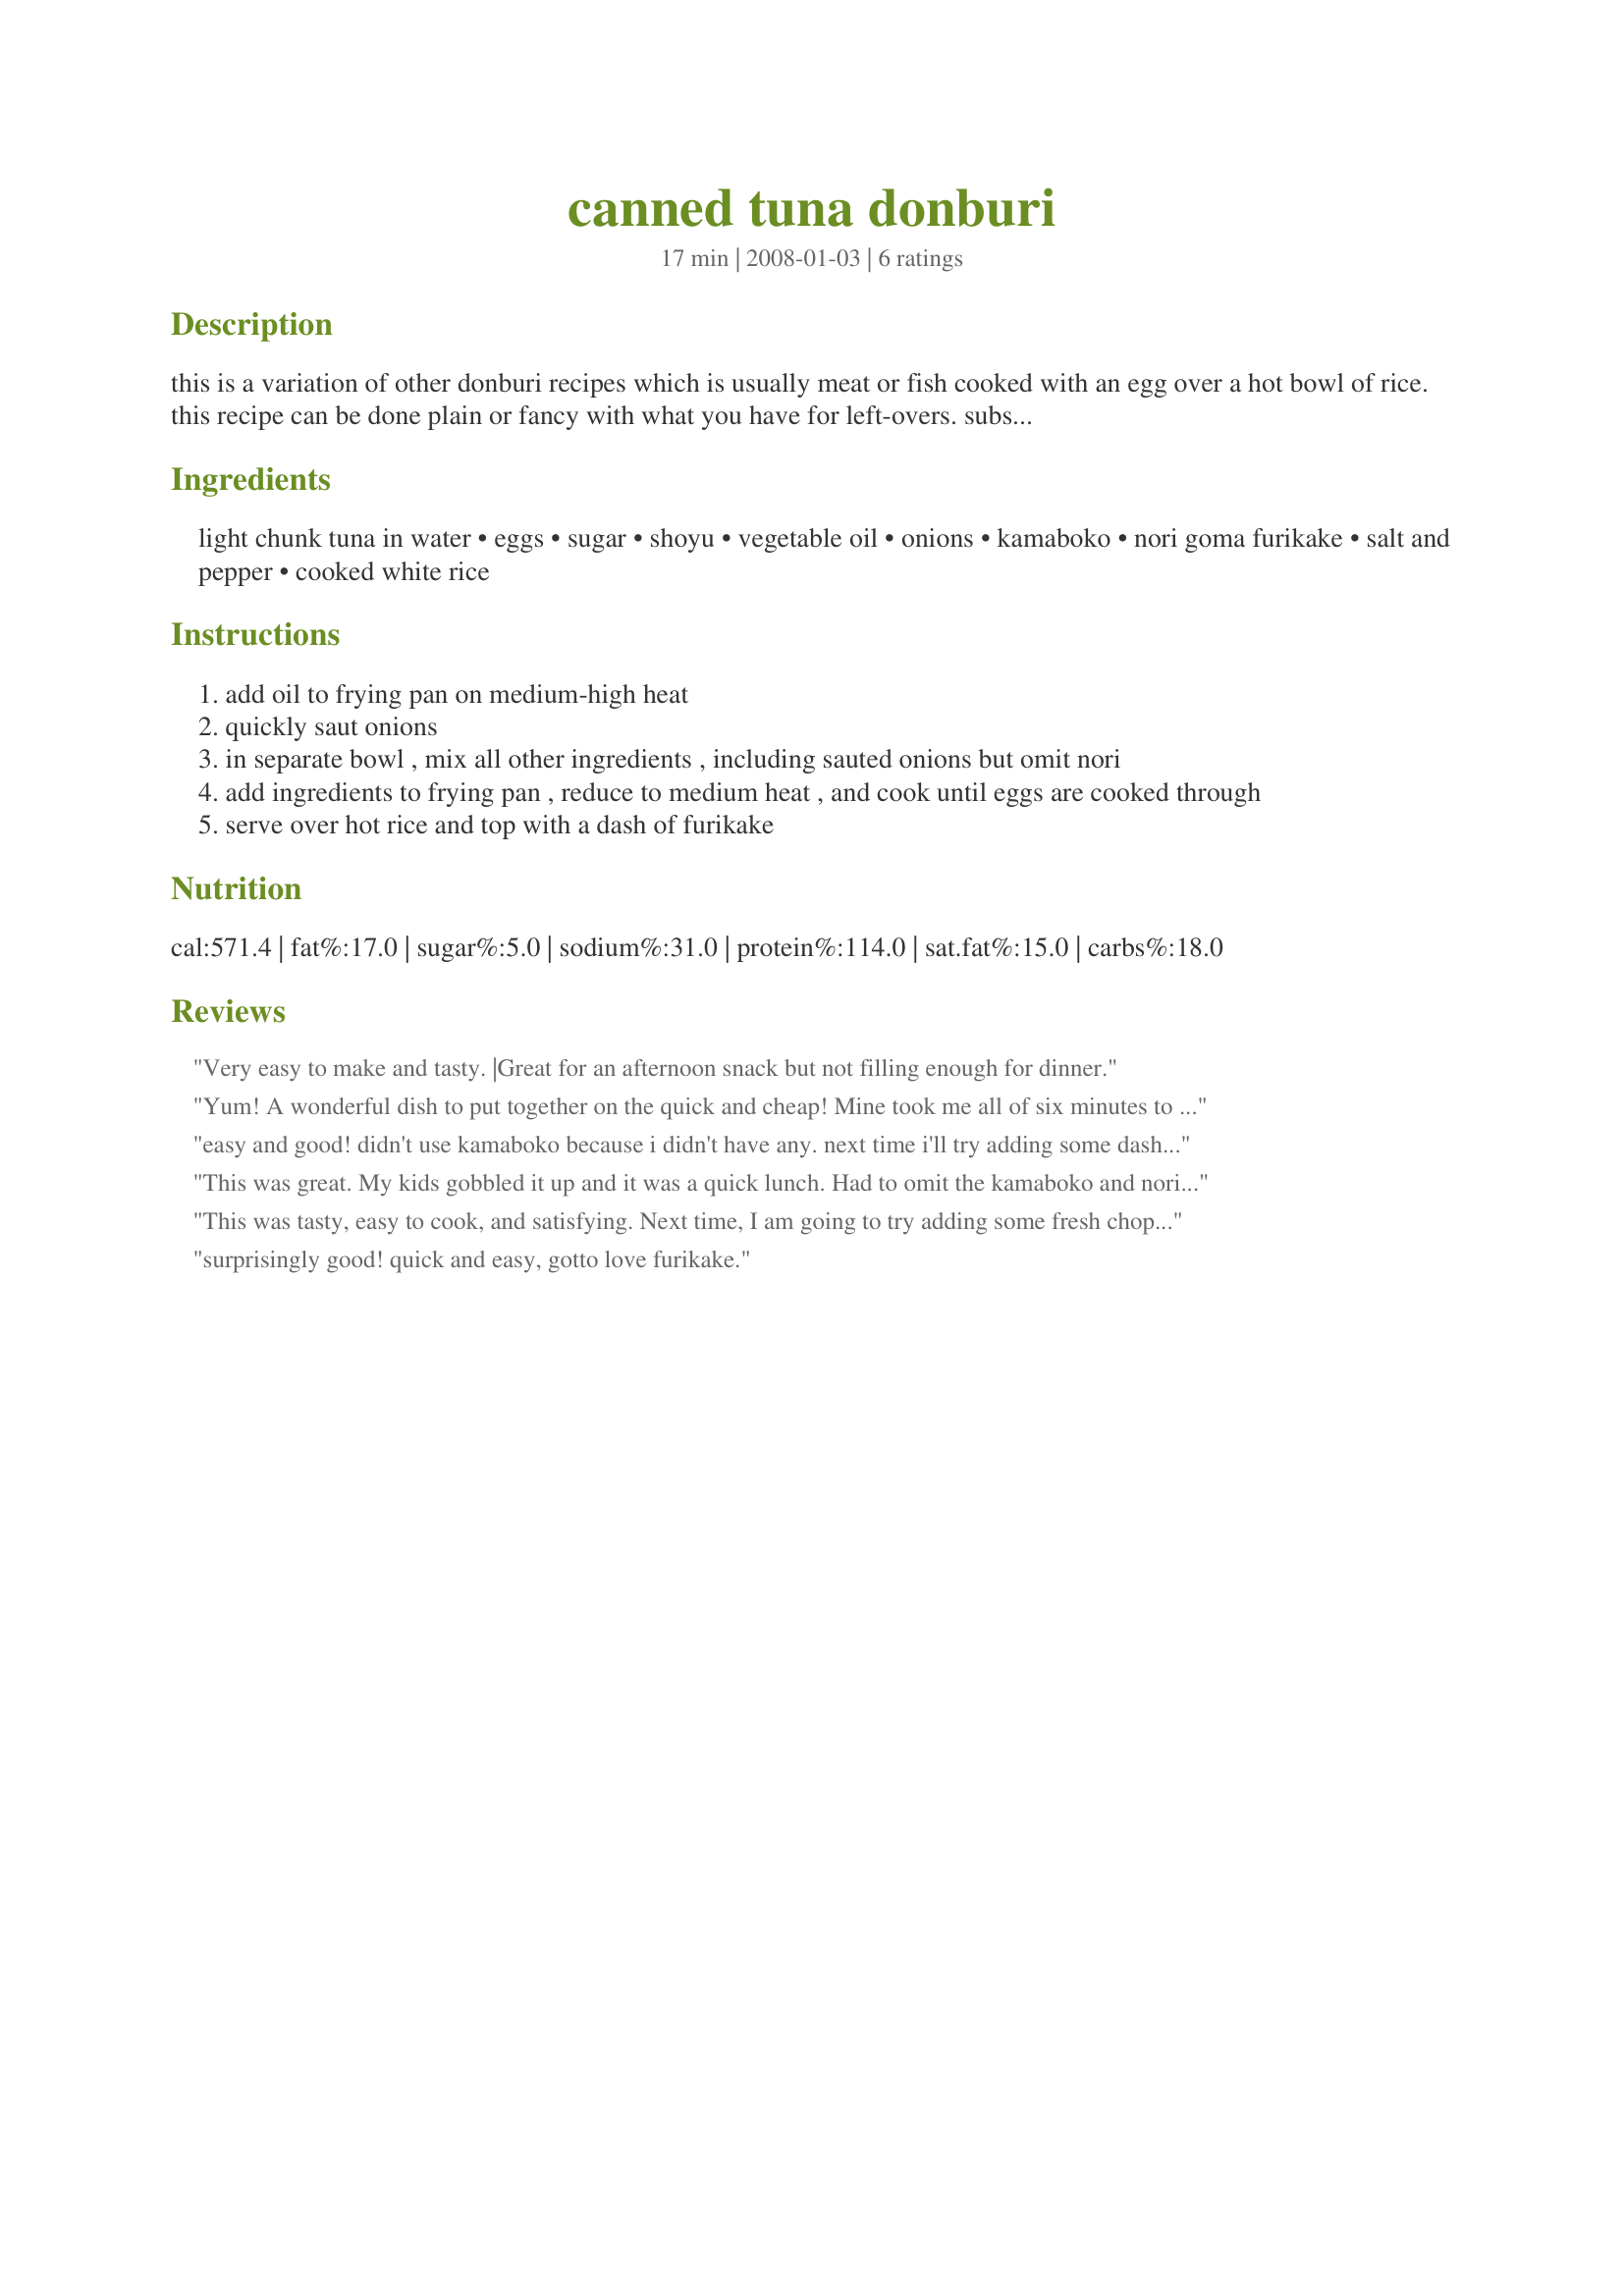
canned tuna donburi
Preparation time: 17 minutes

this is a variation of other donburi recipes which is usually meat or fish cooked with an egg over a hot bowl of rice. this recipe can be done plain or fancy with what you have for left-overs. substitute canned salmon or any leftover meat. kids especially love this recipe!

Ingredients:
light chunk tuna in water, eggs, sugar, shoyu, vegetable oil, onions, kamaboko, nori goma furikake, salt and pepper, cooked white rice

Steps:
add oil to frying pan on medium-high heat
quickly saut onions
in separate bowl , mix all other ingredients , including sauted onions but omit nori
add ingredients to frying pan , reduce to medium heat , and cook until eggs are cooked through
serve over hot rice and top with a dash of furikake

Reviews:
Very easy to make and tasty. |Great for an afternoon snack but not filling enough for dinner.
Yum! A wonderful dish to put together on the quick and cheap! Mine took me all of six minutes to make (using left-over rice)! This recipe will definitely become a regular for me.
easy and good! didn't use kamaboko because i didn't have any. next time i'll try adding some dashi powder and garlic. thanks for sharing! :)
This was great. My kids gobbled it up and it was a quick lunch. Had to omit the kamaboko and nori sheets because I didn't have any on hand but still tasted yummy.
This was tasty, easy to cook, and satisfying. Next time, I am going to try adding some fresh chopped tomato.
surprisingly good! quick and easy, gotto love furikake.
